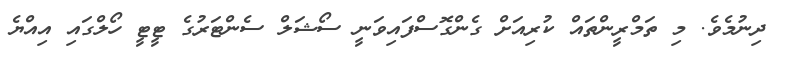
ދިނުމެވެ. މި ތަމްރީންތައް ކުރިއަށް ގެންގޮސްފައިވަނީ ސޯޝަލް ސެންޓަރުގެ ޓީޓީ ހޯލްގައި އިއްޔެ